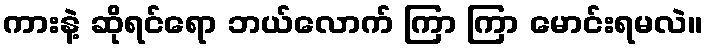
ကားနဲ့ ဆိုရင်ရော ဘယ်လောက် ကြာ ကြာ မောင်းရမလဲ။